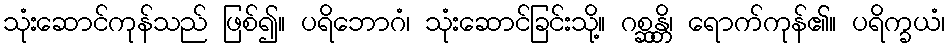
သုံးဆောင်ကုန်သည် ဖြစ်၍။ ပရိဘောဂံ၊ သုံးဆောင်ခြင်းသို့။ ဂစ္ဆန္တိ၊ ရောက်ကုန်၏။ ပရိက္ခယံ၊